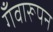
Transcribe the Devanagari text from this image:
गँवारूपन